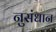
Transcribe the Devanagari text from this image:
नुसंधान